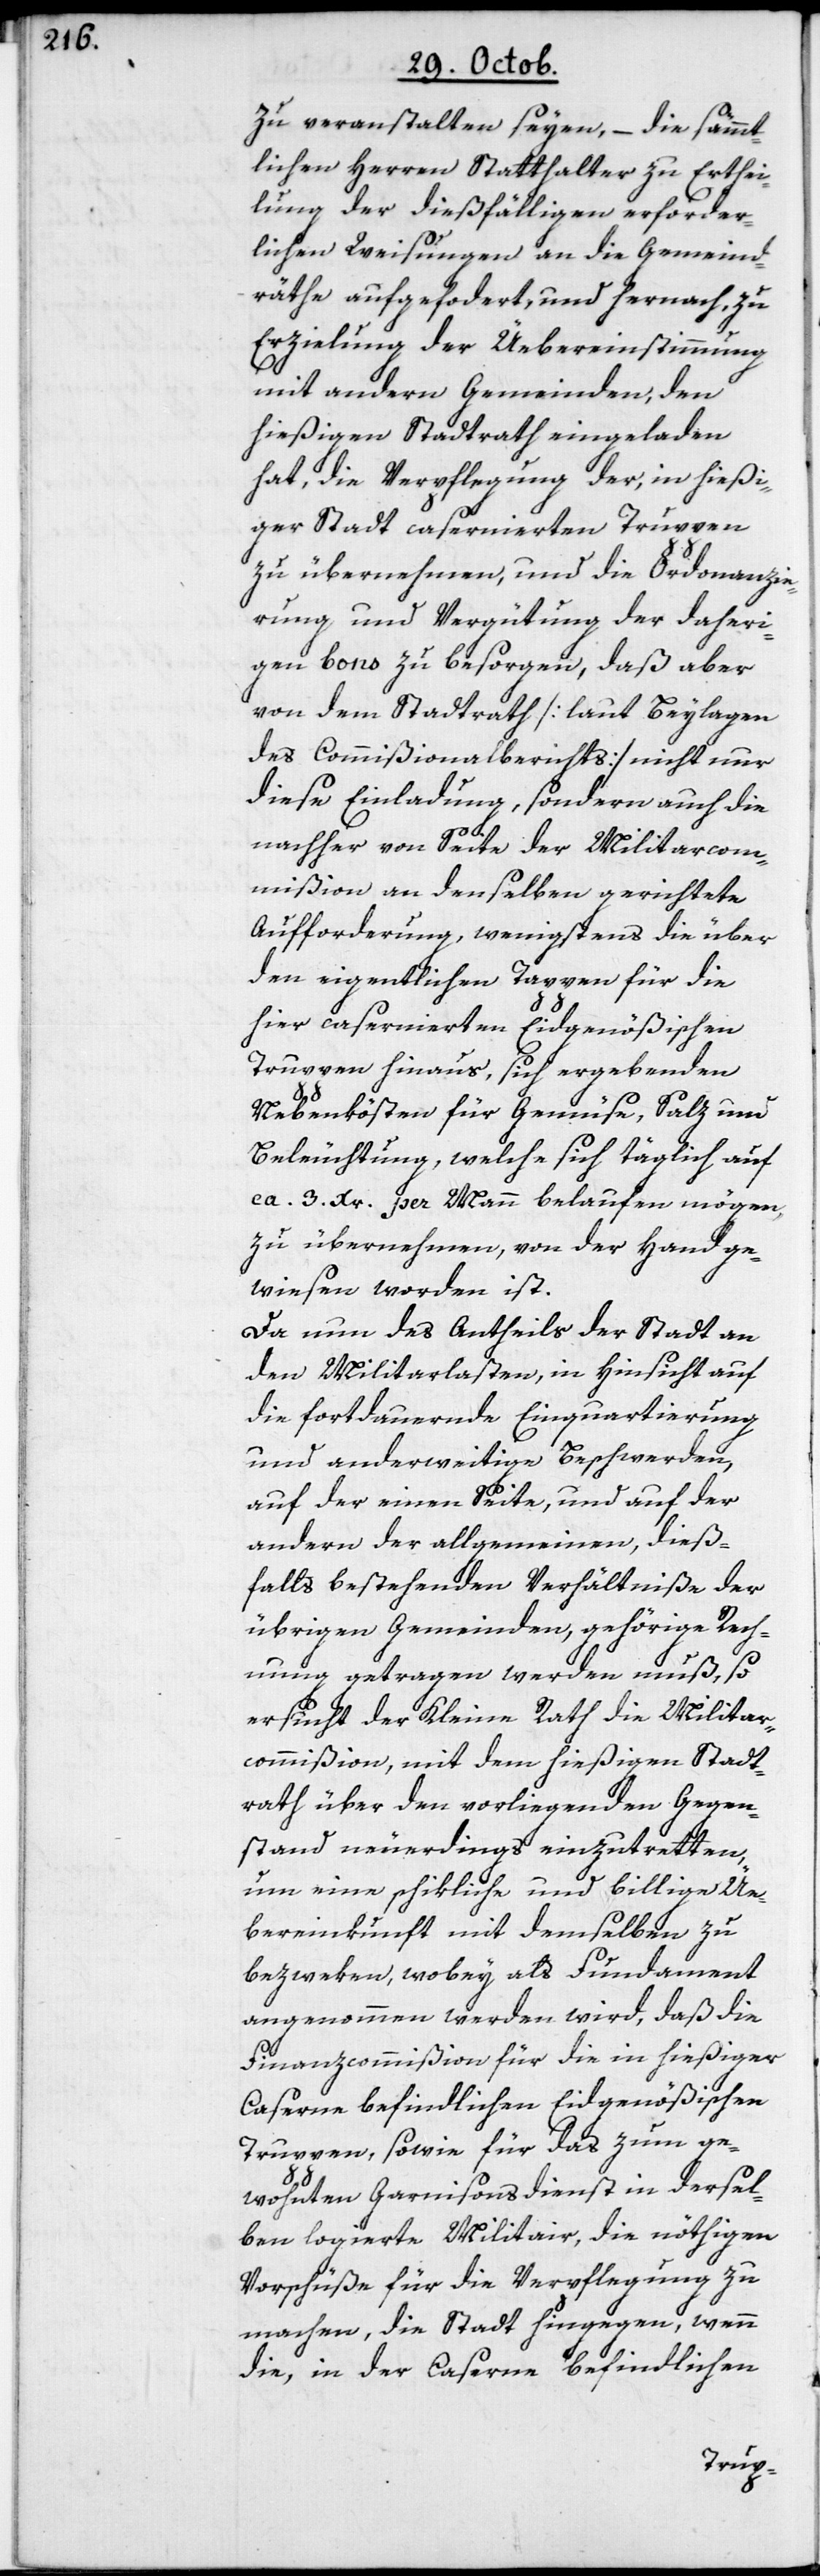
zu veranstalten seyen, – die sämmt¬
lichen Herren Statthalter zu Erthei¬
lung der dießfälligen erforder¬
lichen Weisungen an die Gemeind¬
räthe aufgefordert, und hernach, zu
Erzielung der Übereinstimmung
mit andern Gemeinden, den
hießigen Stadtrath eingeladen
hat, die Verpflegung der, in hießi¬
ger Stadt casernierten Truppen
zu übernehmen, und die Ordonanzie¬
rung und Vergütung der daheri¬
gen Bons zu besorgen, daß aber
von dem Stadtrath [laut Beylagen
des Commißionalberichts] nicht nur
diese Einladung, sondern auch die
nachher von Seite der Militarcom¬
mißion an denselben gerichtete
Aufforderung, wenigstens die über
den eigentlichen Tappen für die
hier casernierten Eidgenößischen
Truppen hinaus, sich ergebenden
Nebenkösten für Gemüse, Salz und
Beleuchtung, welche sich täglich auf
ca. 3. Xr. per Mann belaufen mögen,
zu übernehmen, von der Hand ge¬
wiesen worden ist.
Da nun des Antheils der Stadt an
den Militarlasten, in Hinsicht auf
die fortdauernde Einquartierung
und anderweitige Beschwerden,
auf der einen Seite, und auf der
andern der allgemeinen, dieß¬
falls bestehenden Verhältniße der
übrigen Gemeinden, gehörige Rech¬
nung getragen werden muß, so
ersucht der Kleine Rath die Militar¬
commißion, mit dem hießigen Stadt¬
rath über den vorliegenden Gegen¬
stand neuerdings einzutretten,
um eine schikliche und billige Üe¬
bereinkunft mit demselben zu
bezweken, wobey als Fundament
angenommen werden wird, daß die
Finanzcommißion für die in hießiger
Caserne befindlichen Eidgenößischen
Truppen, sowie für das zum ge¬
wohnten Garnisonsdienst in dersel¬
ben logierte Militair, die nöthigen
Vorschüße für die Verpflegung zu
machen, die Stadt hingegen, wenn
die, in der Caserne befindlichen